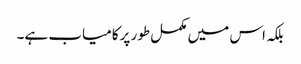
بلکہ اس میں مکمل طور پرکامیاب ہے۔